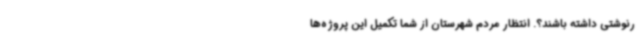
رنوشتی داشته باشند؟. انتظار مردم شهرستان از شما تکمیل این پروژه‌ها